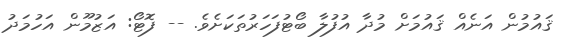
ޤައުމުން އަނެއް ޤައުމަށް މުދާ އުފުލާ ބޯޓުފަހަރުތަކަށެވެ. -- ފޮޓޯ: އަޒުމޫން އަހުމަދު